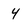
Character: 4